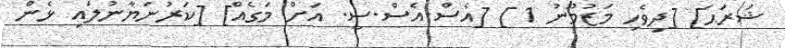
ޝަރަޙަ] [ދިވެހި މަޒުމޫނު 1 ] [އެސް.އެސް.ސީ. އަށް މަގެއް] [ކަރުނަޔާނުލައި ޅެން